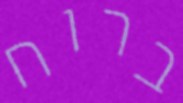
ברוח